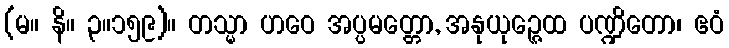
(မ။ နိ။ ၃။၁၅၉)။ တသ္မာ ဟဝေ အပ္ပမတ္တော, အနုယုဉ္ဇေထ ပဏ္ဍိတော၊ ဧဝံ